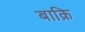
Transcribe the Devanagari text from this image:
बाक़ि